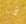
شيء